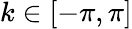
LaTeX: k\in[-\pi,\pi]